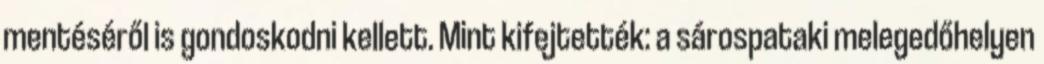
mentéséről is gondoskodni kellett. Mint kifejtették: a sárospataki melegedőhelyen